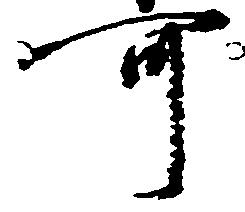
可